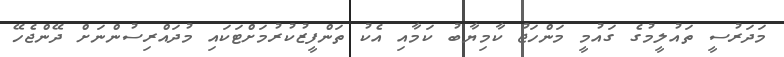
މަދަރުސީ ތައުލީމުގެ ގައުމީ މަންހަޖު ކާމިޔާބު ކަމާއި އެކު ތަންފީޒުކުރުމަށްޓަކައި މުދައްރިސުންނަށް ދޭންޖެހޭ